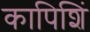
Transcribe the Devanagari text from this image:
कापिशिं